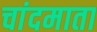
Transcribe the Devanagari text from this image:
चांदमाता